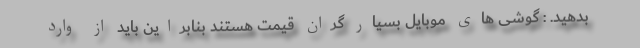
بدهید. : گوشی های موبایل بسیار گران قیمت هستند بنابراین باید از وارد